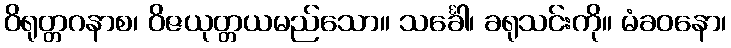
ဝိရုတ္တဂနာစ၊ ဝိဇယုတ္တယမည်သော။ သင်္ခေါ၊ ခရုသင်းကို။ မံခဝနော၊